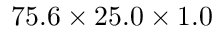
7 5 . 6 \times 2 5 . 0 \times 1 . 0